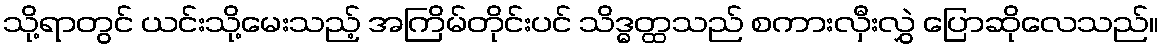
သို့ရာတွင် ယင်းသို့မေးသည့် အကြိမ်တိုင်းပင် သိဒ္ဓတ္ထသည် စကားလှီးလွှဲ ပြောဆိုလေသည်။